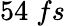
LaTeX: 54\; fs